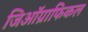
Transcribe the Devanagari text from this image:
जिऑग्राफिकल